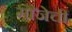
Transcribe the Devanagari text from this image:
मौजेची